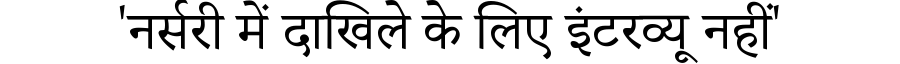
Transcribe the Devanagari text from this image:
'नर्सरी में दाखिले के लिए इंटरव्यू नहीं'